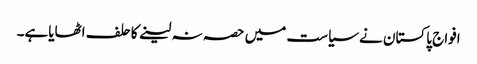
افواج پاکستان نے سیاست میں حصہ نہ لینے کاحلف اٹھایاہے۔